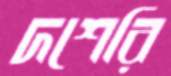
দশেরি